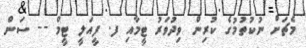
މެޗަށް ނުކުތުމުގެ ކުރިން ވިދުވަރު ޓީމާއި ފ. ފީއަލީ ޓީމް -- ސަން